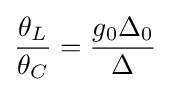
{\frac {\theta _{L}}{\theta _{C}}}={\frac {g_{0}\Delta _{0}}{\Delta }}